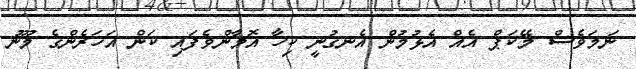
ނަމަވެސް މޭކަޕް އެއް އެޅުމުން އެނގުނީ ކިހާ އޮމާންވެފައި ކަން އަހަރެންގެ މޫނު